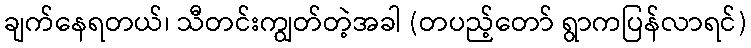
ချက်နေရတယ်၊ သီတင်းကျွတ်တဲ့အခါ (တပည့်တော် ရွာကပြန်လာရင်)